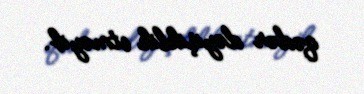
qədər dəyişiklik etməyib.